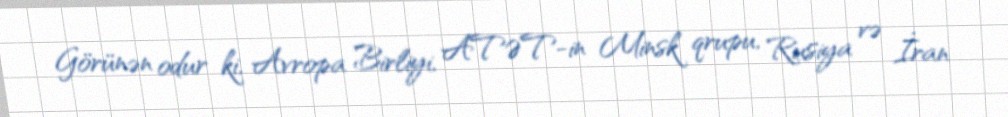
Görünən odur ki, Avropa Birliyi, ATƏT-in Minsk qrupu, Rusiya və İran